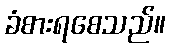
ခံစားရစေသည်။